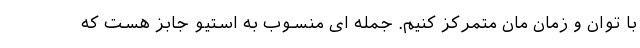
با توان و زمان مان متمرکز کنیم. جمله ای منسوب به استیو جابز هست که